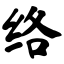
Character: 络